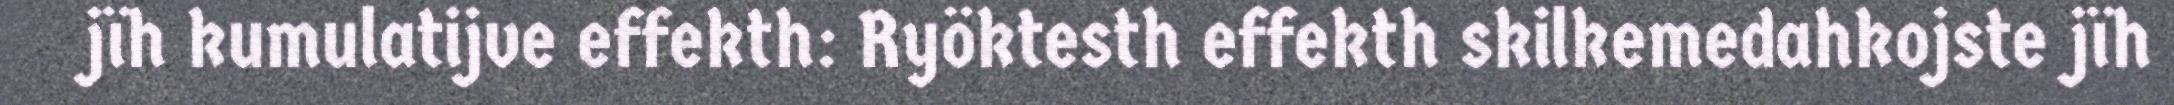
jïh kumulatijve effekth: Ryöktesth effekth skilkemedahkojste jïh